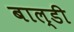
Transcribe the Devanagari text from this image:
बाल्डी